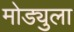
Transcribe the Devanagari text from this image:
मोड्युला